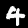
Digit: 4